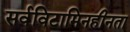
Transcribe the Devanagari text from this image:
सर्वविटामिनहीनता